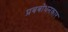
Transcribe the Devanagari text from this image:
प्रबबोधनकार